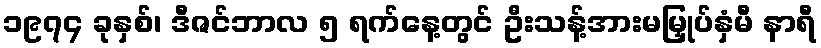
၁၉၇၄ ခုနှစ်၊ ဒီဇင်ဘာလ ၅ ရက်နေ့တွင် ဦးသန့်အားမမြှုပ်နှံမီ နာရီ